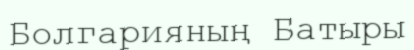
Болгарияның Батыры